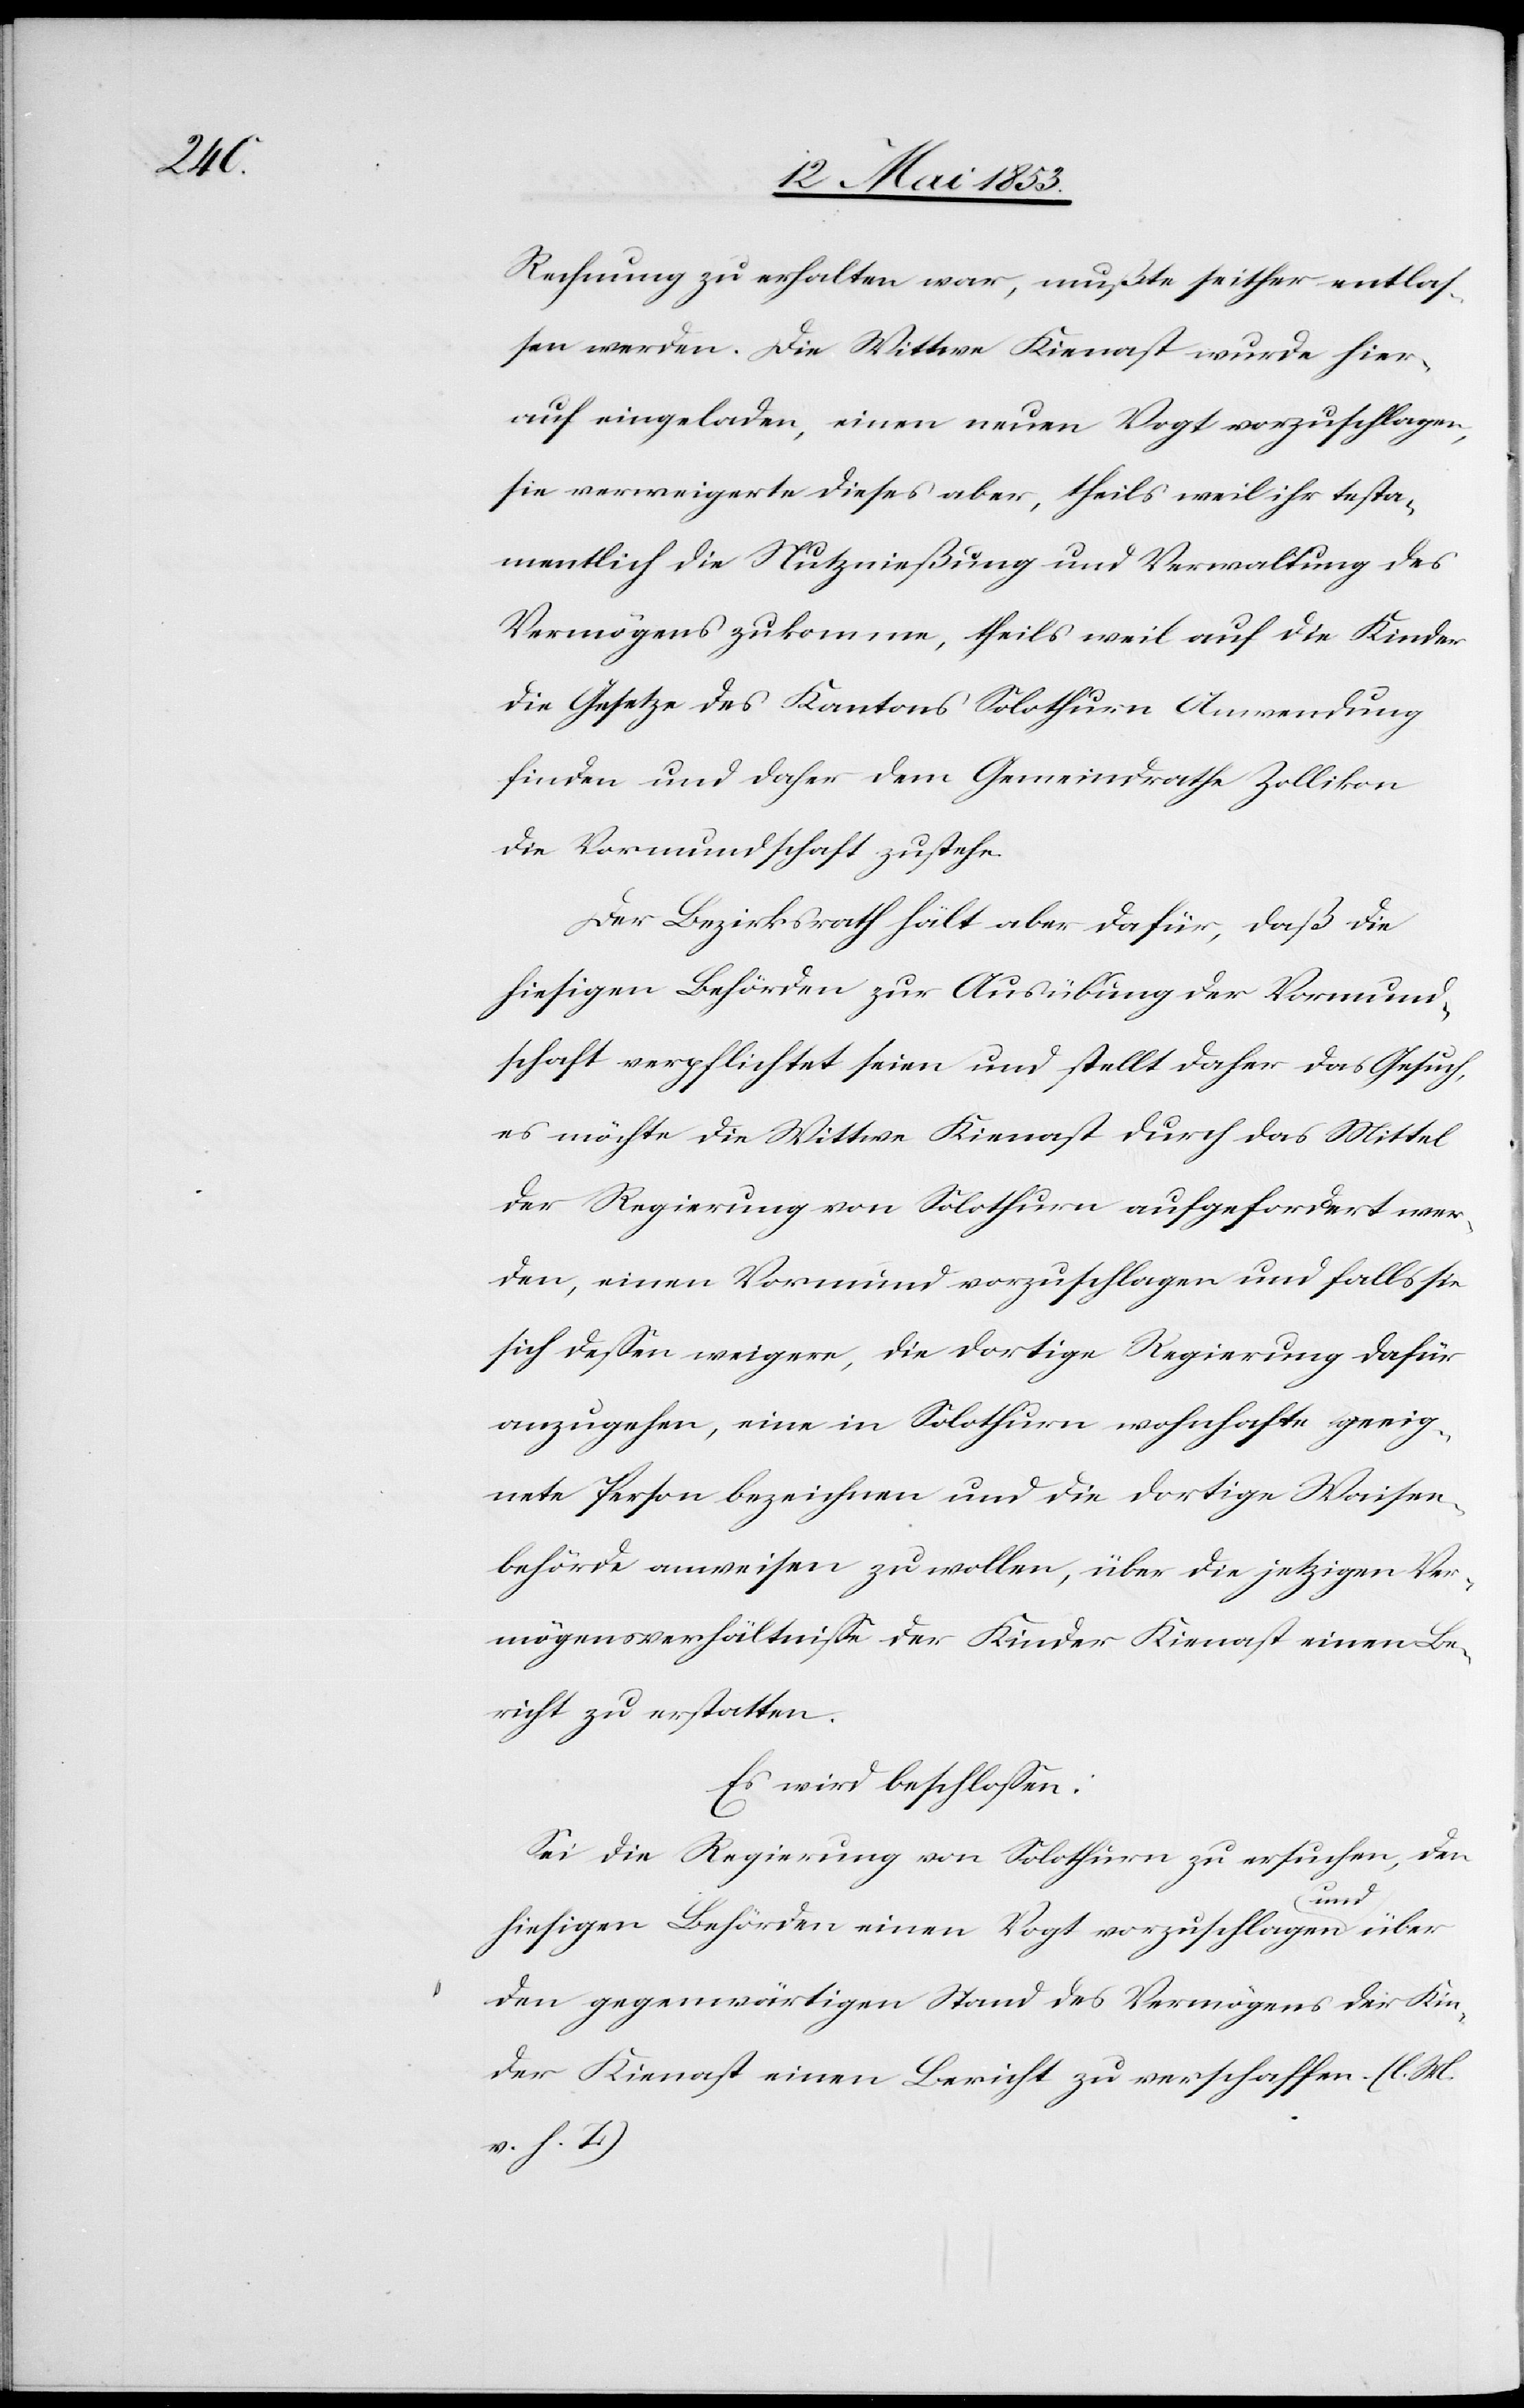
Rechnung zu erhalten war, mußte seither entlaß¬
en werden. Die Wittwe Kienast wurde hier¬
auf eingeladen, einen neuen Vogt vorzuschlagen,
sie verweigerte dieses aber, theils weil ihr testa¬
mentlich die Nutznießung und Verwaltung des
Vermögen zukomme, theils weil auf die Kinder
die Gesetze des Kantons Solothurn Anwendung
finden und daher dem Gemeindrathe Zollikon
die Vormundschaft zustehe.
Der Bezirksrath hält aber dafür, daß die
hiesigen Behörden zur Ausübung der Vormund¬
schaft verpflichtet seien und stellt daher das Gesuch,
es möchte die Wittwe Kienast durch das Mittel
der Regierung von Solothurn aufgefordert wer¬
den, einen Vormund vorzuschlagen und falls sie
sich deßen weigere, die dortige Regierung dafür
anzugehen, eine in Solothurn wohnhafte geeig¬
nete Person bezeichnen und die dortige Waisen¬
behörde ausweisen zu wollen, über die jetzigen Ver¬
mögensverhältniße der Kinder Kienast einen Be¬
richt zu erstatten.
Es wird beschloßen:
Sei die Regierung von Solothurn zu ersuchen, den
hiesigen Behörden einen Vogt vorzuschlagen und über
den gegenwärtigen Stand des Vermögens der Kin¬
der Kienast einen Bericht zu verschaffen. [l. M.
v. h. T]